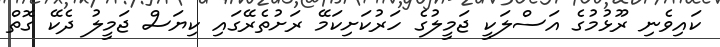
ކައިވެނި ރޫޅުމުގެ އަސްލަކީ ޖަމީލުގެ ހަރުކަށިކަމޭ ރަށުތެރޭގައި ކިޔަސް ޖަމީލު ދެކޭ ގޮތް